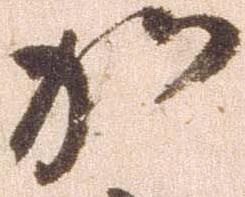
加